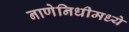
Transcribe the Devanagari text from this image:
नाणेनिधीमध्ये